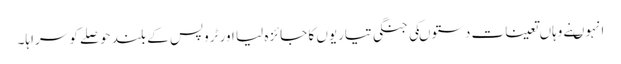
انہوںنے وہاں تعینات دستوںکی جنگی تیاریوں کا جائزہ لیا اور ٹروپس کے بلند حوصلے کو سراہا۔